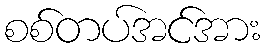
စစ်တပ်အင်အား